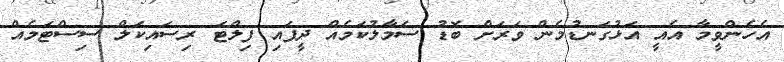
އެހެންވީމާ އެއީ އަޅުގަނޑުމެން ވަރަށް ބޮޑު ސަމާލުކަމެއް ދީފައި ފިލްޓަ ރިސައިކަލް ސިސްޓަމެއް